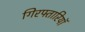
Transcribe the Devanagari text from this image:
गिरफ्तारियॉ